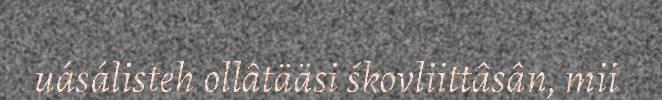
uásálisteh ollâtääsi škovliittâsân, mii